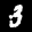
Label: 3